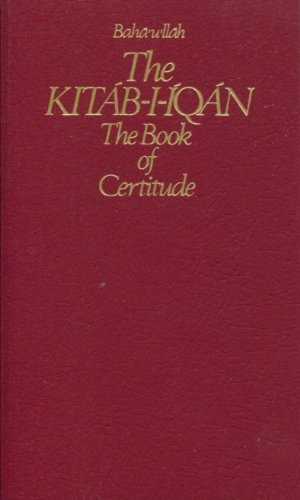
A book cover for The Kitab-I-Iqan: The Book Of Certitude; Baha'u'llah; Religion & Spirituality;